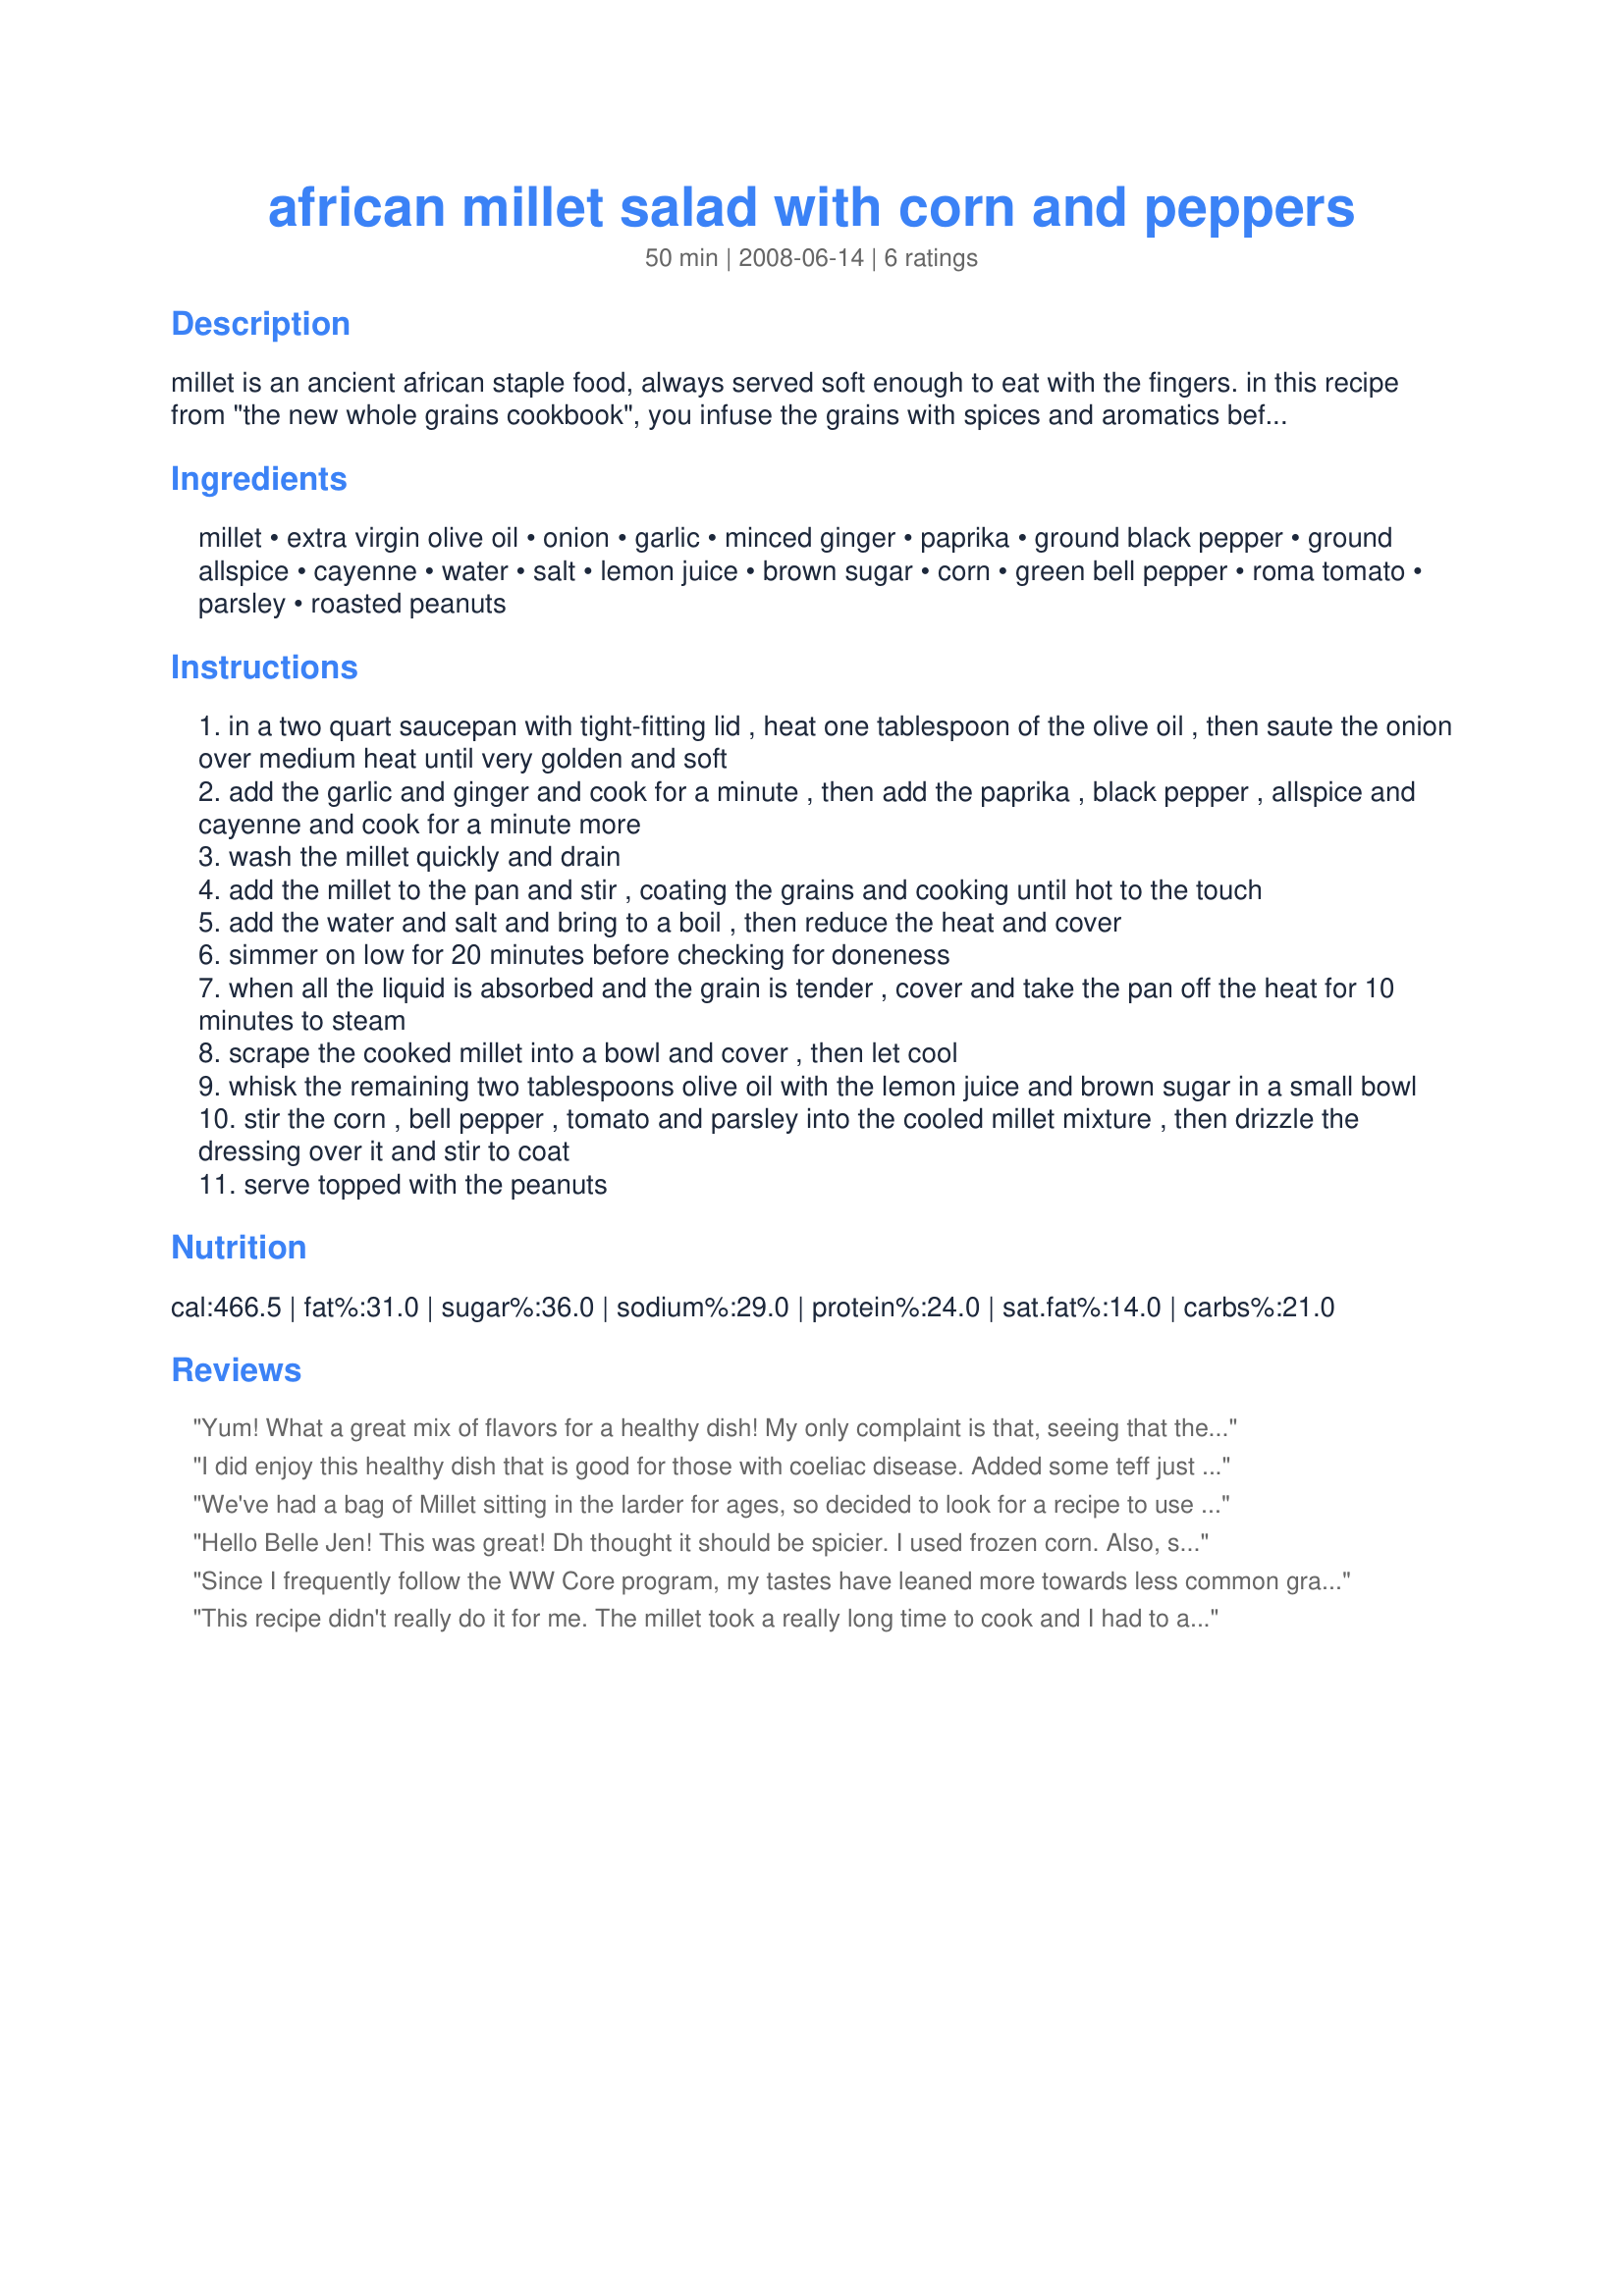
african millet salad with corn and peppers
Preparation time: 50 minutes

millet is an ancient african staple food, always served soft enough to eat with the fingers. in this recipe from "the new whole grains cookbook", you infuse the grains with spices and aromatics before cooking for maximum flavor, and the sauteing step helps keep the grains separate. the brilliant golden millet can be replaced with quicker-cooking whole wheat couscous or even rice. the cooking time doesn't include chilling time.

Ingredients:
millet, extra virgin olive oil, onion, garlic, minced ginger, paprika, ground black pepper, ground allspice, cayenne, water, salt, lemon juice, brown sugar, corn, green bell pepper, roma tomato, parsley, roasted peanuts

Steps:
in a two quart saucepan with tight-fitting lid , heat one tablespoon of the olive oil , then saute the onion over medium heat until very golden and soft
add the garlic and ginger and cook for a minute , then add the paprika , black pepper , allspice and cayenne and cook for a minute more
wash the millet quickly and drain
add the millet to the pan and stir , coating the grains and cooking until hot to the touch
add the water and salt and bring to a boil , then reduce the heat and cover
simmer on low for 20 minutes before checking for doneness
when all the liquid is absorbed and the grain is tender , cover and take the pan off the heat for 10 minutes to steam
scrape the cooked millet into a bowl and cover , then let cool
whisk the remaining two tablespoons olive oil with the lemon juice and brown sugar in a small bowl
stir the corn , bell pepper , tomato and parsley into the cooled millet mixture , then drizzle the dressing over it and stir to coat
serve topped with the peanuts

Reviews:
Yum! What a great mix of flavors for a healthy dish! My only complaint is that, seeing that the dish was supposed to make 8 servings, I cut the recipe in half and found I really had only 2-3 servings. I suppose we just liked the dish so much that we were piggies, but it really did make small servings!
I did enjoy this healthy dish that is good for those with coeliac disease. Added some teff just because when I pulled out my millet the teff followed. Rinsing is important as is the cooking before adding liquid. Which this recipe does direct to do! ;) I did add lemon zest to the dressing also 1/4 teaspoon finely minced yellow banana pepper. Hot stuff did complement the sweetness of the brown sugar.
Thanks for the good eats!
We've had a bag of Millet sitting in the larder for ages, so decided to look for a recipe to use it. Can honestly say this is the best dish i've tasted with Millet. And is a great accompaniment to any meat fish dish, or just with a salad!
Hello Belle Jen! This was great! Dh thought it should be spicier. I used frozen corn. Also, some of the millet was still a little hard although the liquid had all been absorbed. Not sure if I did something wrong or just needed to add a bit more liquid. I think I'll make this again in August when the corn comes into season.... :) made for ZWT4.
Since I frequently follow the WW Core program, my tastes have leaned more towards less common grains such as millet, so when I found this recipe it was a "must try." My own rendition is a bit lighter using cooking spray to prepare the onions and aromatics and less than suggested amount of oil for the dressing. Since corn is in full season now, I replaced the canned version with fresh cut right from the cob. The millet tastes so wonderful hot even before the addition of the veggies and dressing, it would stand as its own side. That said, the bright citrus of the dressing and crunch from the vegetables and peanuts really added to the final dish. Thanks Jen!
This recipe didn't really do it for me. The millet took a really long time to cook and I had to add a lot more water. The flavours don't really seem to go together.
